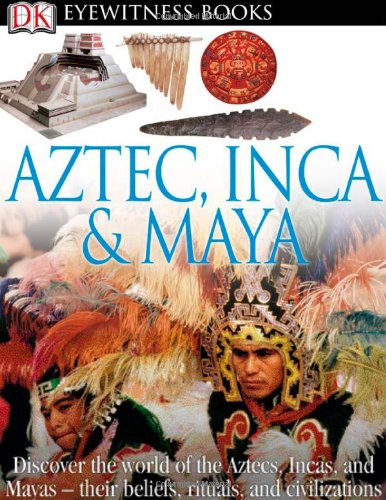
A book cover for Aztec, Inca & Maya (DK Eyewitness Books); DK Publishing; Children's Books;